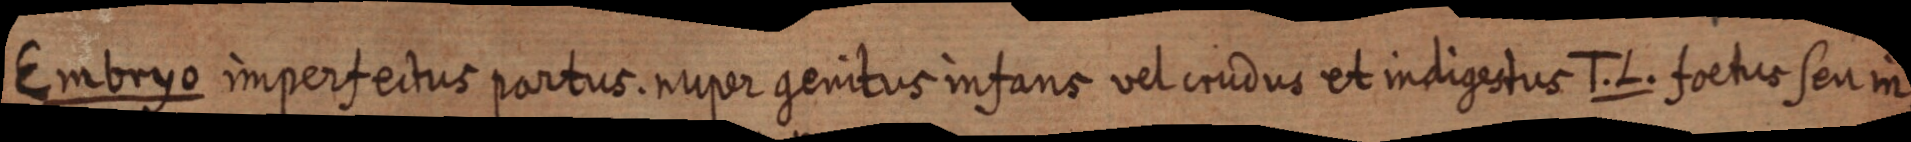
Embryo imperfectus partus. nuper genitus infans vel crudus et indigestus T. L. foetus seu in